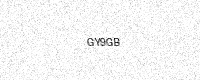
Text: GY9GB